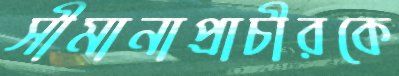
সীমানাপ্রাচীরকে